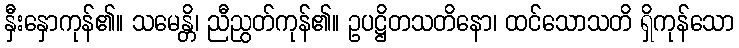
နှီးနှောကုန်၏။ သမေန္တိ၊ ညီညွတ်ကုန်၏။ ဥပဋ္ဌိတသတိနော၊ ထင်သောသတိ ရှိကုန်သော